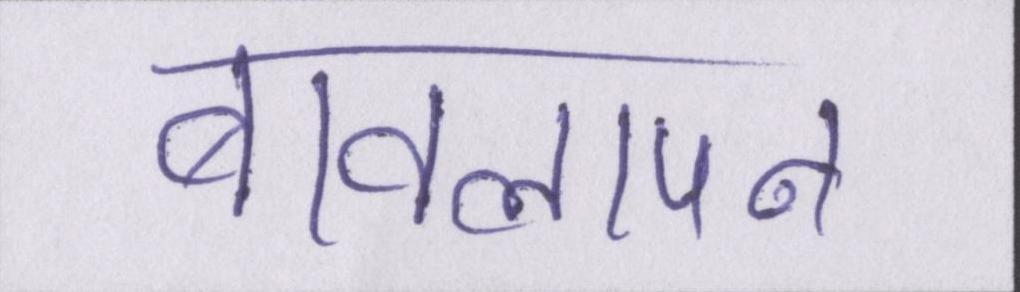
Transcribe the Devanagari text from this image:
बावलापन